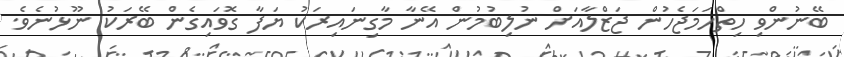
ބޭނުންވި ހިތްހަމަޖެހުން ޖަޒްލާއަށް ނުލިބުމުން އޭނާ މާގިނައިރަކު ޔަފާ ގޮވައިގެން ބޭރަކު ނޫޅުނެވެ.